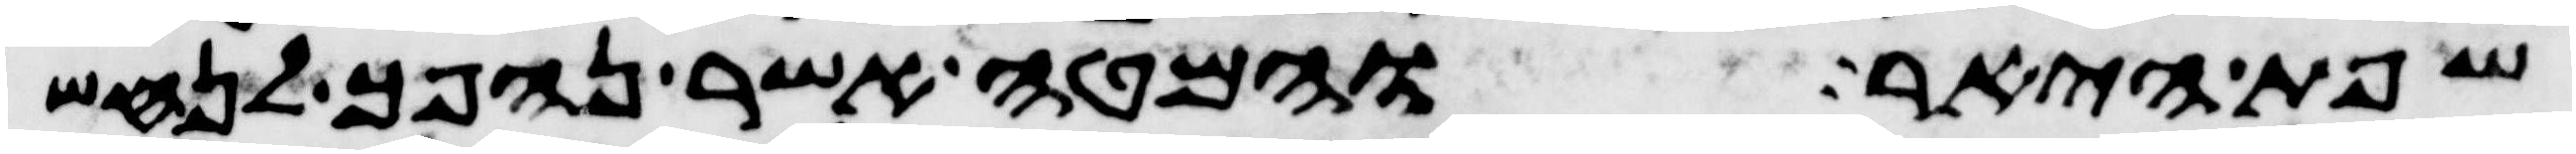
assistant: שפת היאר והמטה אשר נהפך לנחש